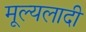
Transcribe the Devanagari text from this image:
मूल्यलादी